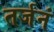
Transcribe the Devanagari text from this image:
तर्जनं